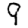
Digit: 9